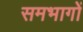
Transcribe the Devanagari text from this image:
समभागों